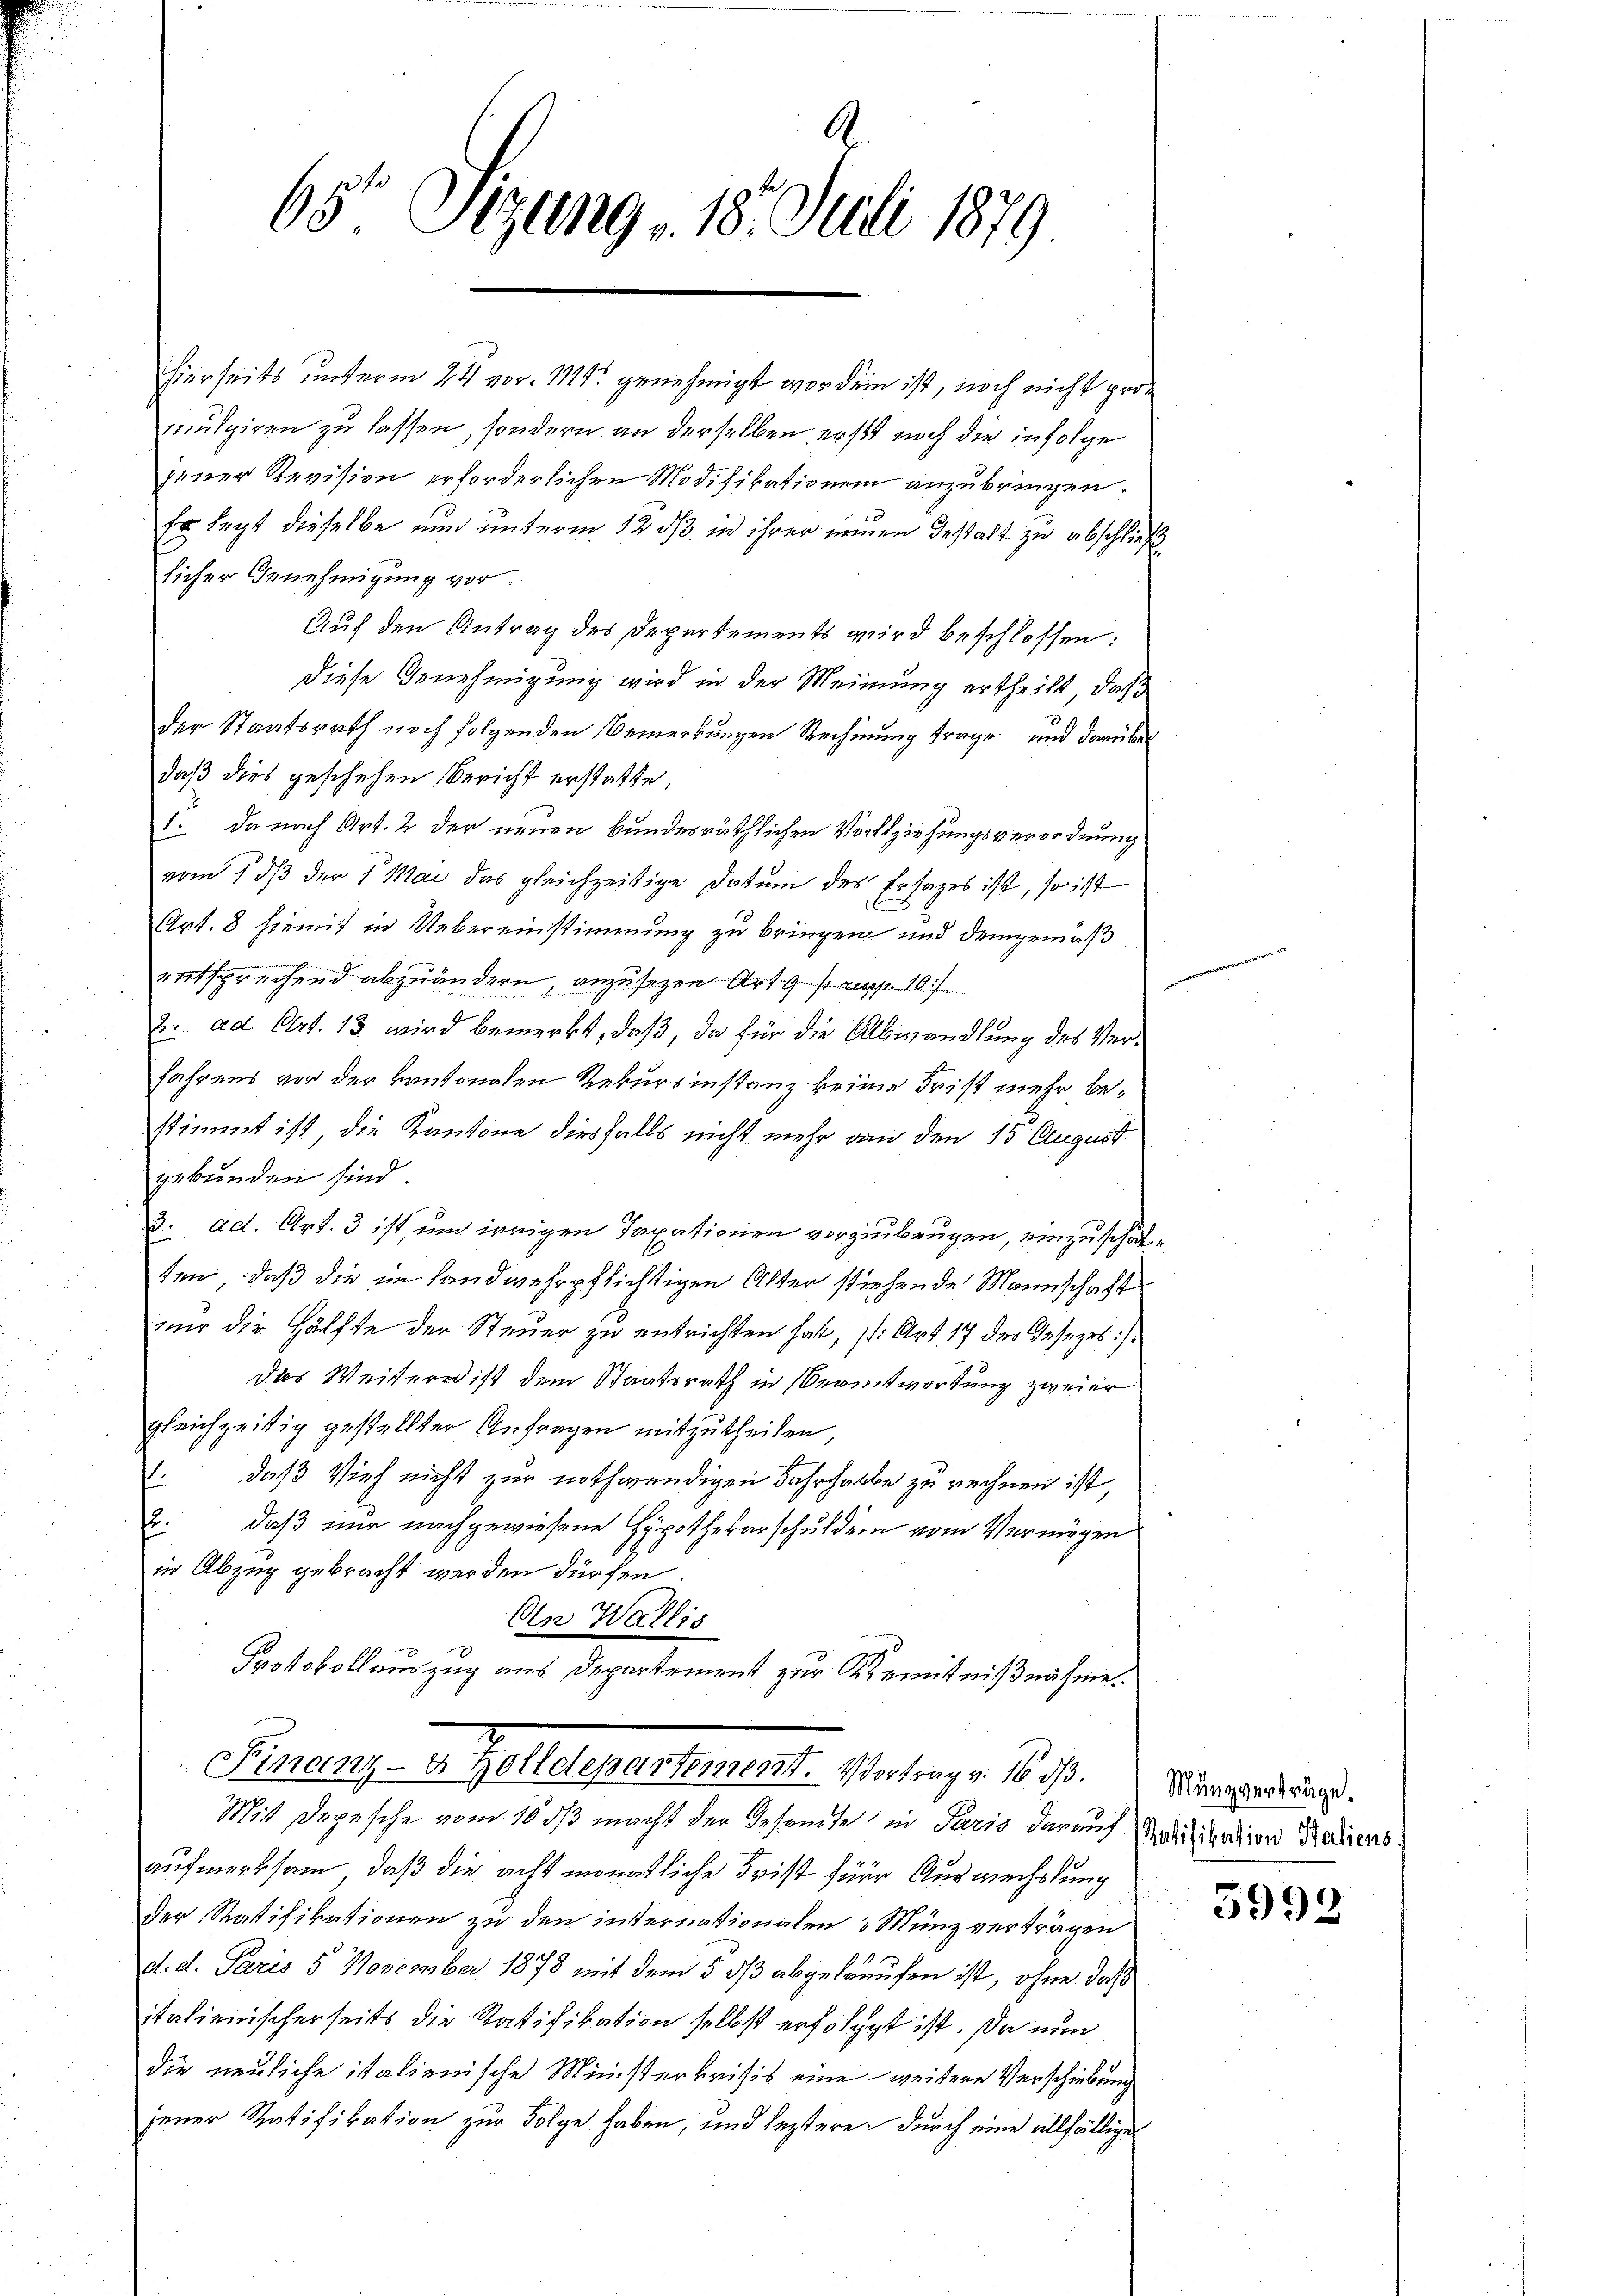
A
65 Sizung 18. Juli 1879.

hierseits unterm 24. vor. Mts. genehmigt worden ist, noch nicht promulpiren zu lassen, sondern an derselben erst noch die infolge
jener Revision erforderlichen Modifikationen anzubringen.
Er legt dieselbe nun unterm 12 ds. in ihrer neuen Gestalt zu abschließ
licher Genehmigung vor¬
Auf den Antrag des Departements wird beschlossen:
diese Genehmigung wird in der Meinung ertheilt, daß
der Staatsrath noch folgenden Bemerkungen Rechnung frage und darüber
daß dies geschehen Bericht erstatte,
1. Da nach Art. 2 der neuen Bundesräthlichen Vollziehungsverordnung
vom 1. ds der 1 Mai das gleichzeitige Datum des Ersages ist, so ist
Art. 8 hiemit in Uebereinstimmung zu bringen und demgemäß
entsprechend abzuändern, anzusetzen. Art Gs 10
2. ad. Art. 13 wird bemerkt, daß, da für die Abwandlung des Verfahrens vor der kantonalen Rekursinstanz keine Frist mehr bestimmt ist, die Kantone diesfalls nicht mehr am den 15 August.
gebunden sind.
ad. Art. 3 ist, um irrigen Taxationen vorzubeugen, einzuschäften, daß die im Landwehrpflichtigen Alter strechende Mannschaft
nur die Hälfte der Steuer zu entrichten hat, s. Art. 17 der Gesezes.).
das Weitern ist dem Staatsrath in Beantwortung zweier
gleichzeitig gestellter Anfragen mitzutheilen,
 daß Vieh nicht zur nothwendigen Jahrhalbe zu rechnen ist,
2. daß nur nachgewiesene Hypothekarschuldern vom Vermögen
in Abzug gebracht werden dürfen.
An Wallis
Protokollauszug aus Departement zur Kenntnißnahme.
Furrenz u. Gallele partement. Vertrage u. s.
Mit Depesche vom 16 ds macht der Gesandte in Paris darauf Indiention Radiens.
aufmerksam, daß die acht monatliche Frist fürer Auswechslung
der Ratifikationen zu den internationalen Münz verträgen
d. d. Paris 5 November 1878 mit dem 5 dß abgelaufen ist, ohne daß
italienischerseits die Ratifikation selbst erfolgt ist. Da nun
die neuliche italienische Ministerkrisis eine weitere Verschiebung
jener Ratifikation zur Folge haben, und leztere durch eine allfälligen

Münzverträge.

5992